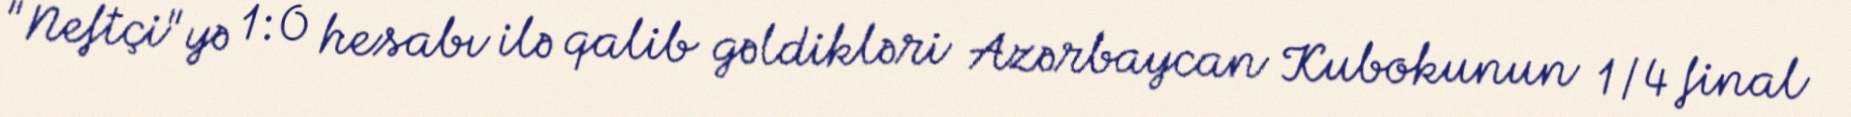
"Neftçi"yə 1:0 hesabı ilə qalib gəldikləri Azərbaycan Kubokunun 1/4 final